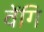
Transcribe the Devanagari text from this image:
वेंगि